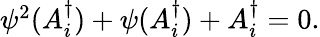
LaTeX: \begin{array}{r}{\psi^{2}(A_{i}^{\dagger})+\psi(A_{i}^{\dagger})+A_{i}^{\dagger}=0.}\end{array}